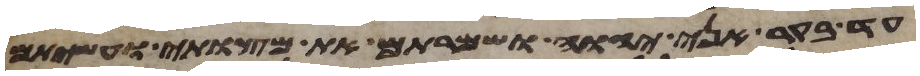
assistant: עד בקר אני יהוה ושמרתם את מצותי ועשיתם